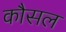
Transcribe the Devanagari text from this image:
कौसल